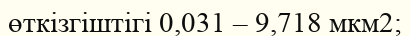
өткізгіштігі 0,031 – 9,718 мкм2;